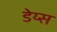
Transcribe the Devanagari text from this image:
डेय्स